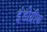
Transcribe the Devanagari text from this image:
इंंडोग्रीक